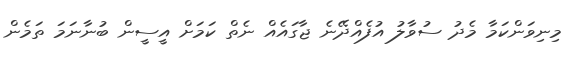
މިނިވަންކަމާ މެދު ސުވާލު އުފެއްދޭނެ ޖާގައެއް ނެތް ކަމަށް އީސީން ބުނާނަމަ ތަމެން